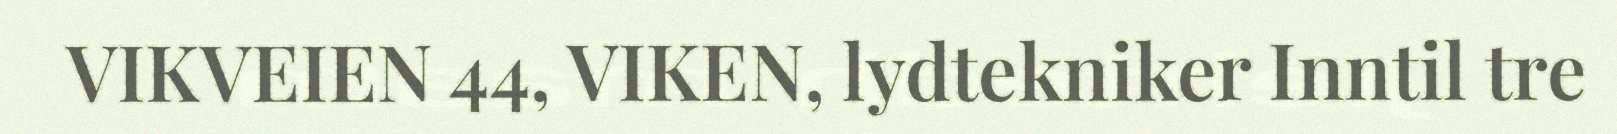
VIKVEIEN 44, VIKEN, lydtekniker Inntil tre